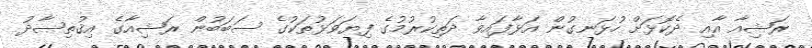
ރަޝިއާ އާއި ދެކޮޅަށް ހުޅަނގުން އަޅާފައިވާ ދަތިކުރުމުގެ ފިޔަވަޅުތަކުގެ ސަބަބުން ރަޝިއާގެ އިޤުތިޞާދު